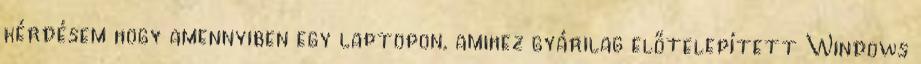
kérdésem hogy amennyiben egy laptopon, amihez gyárilag előtelepített Windows